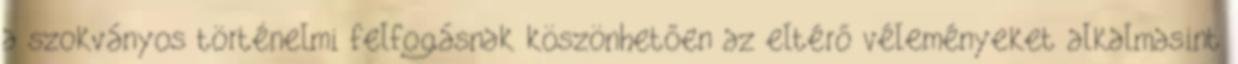
a szokványos történelmi felfogásnak köszönhetően az eltérő véleményeket alkalmasint